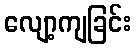
လျော့ကျခြင်း